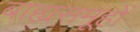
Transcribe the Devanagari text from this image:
बाह्यसमूहों